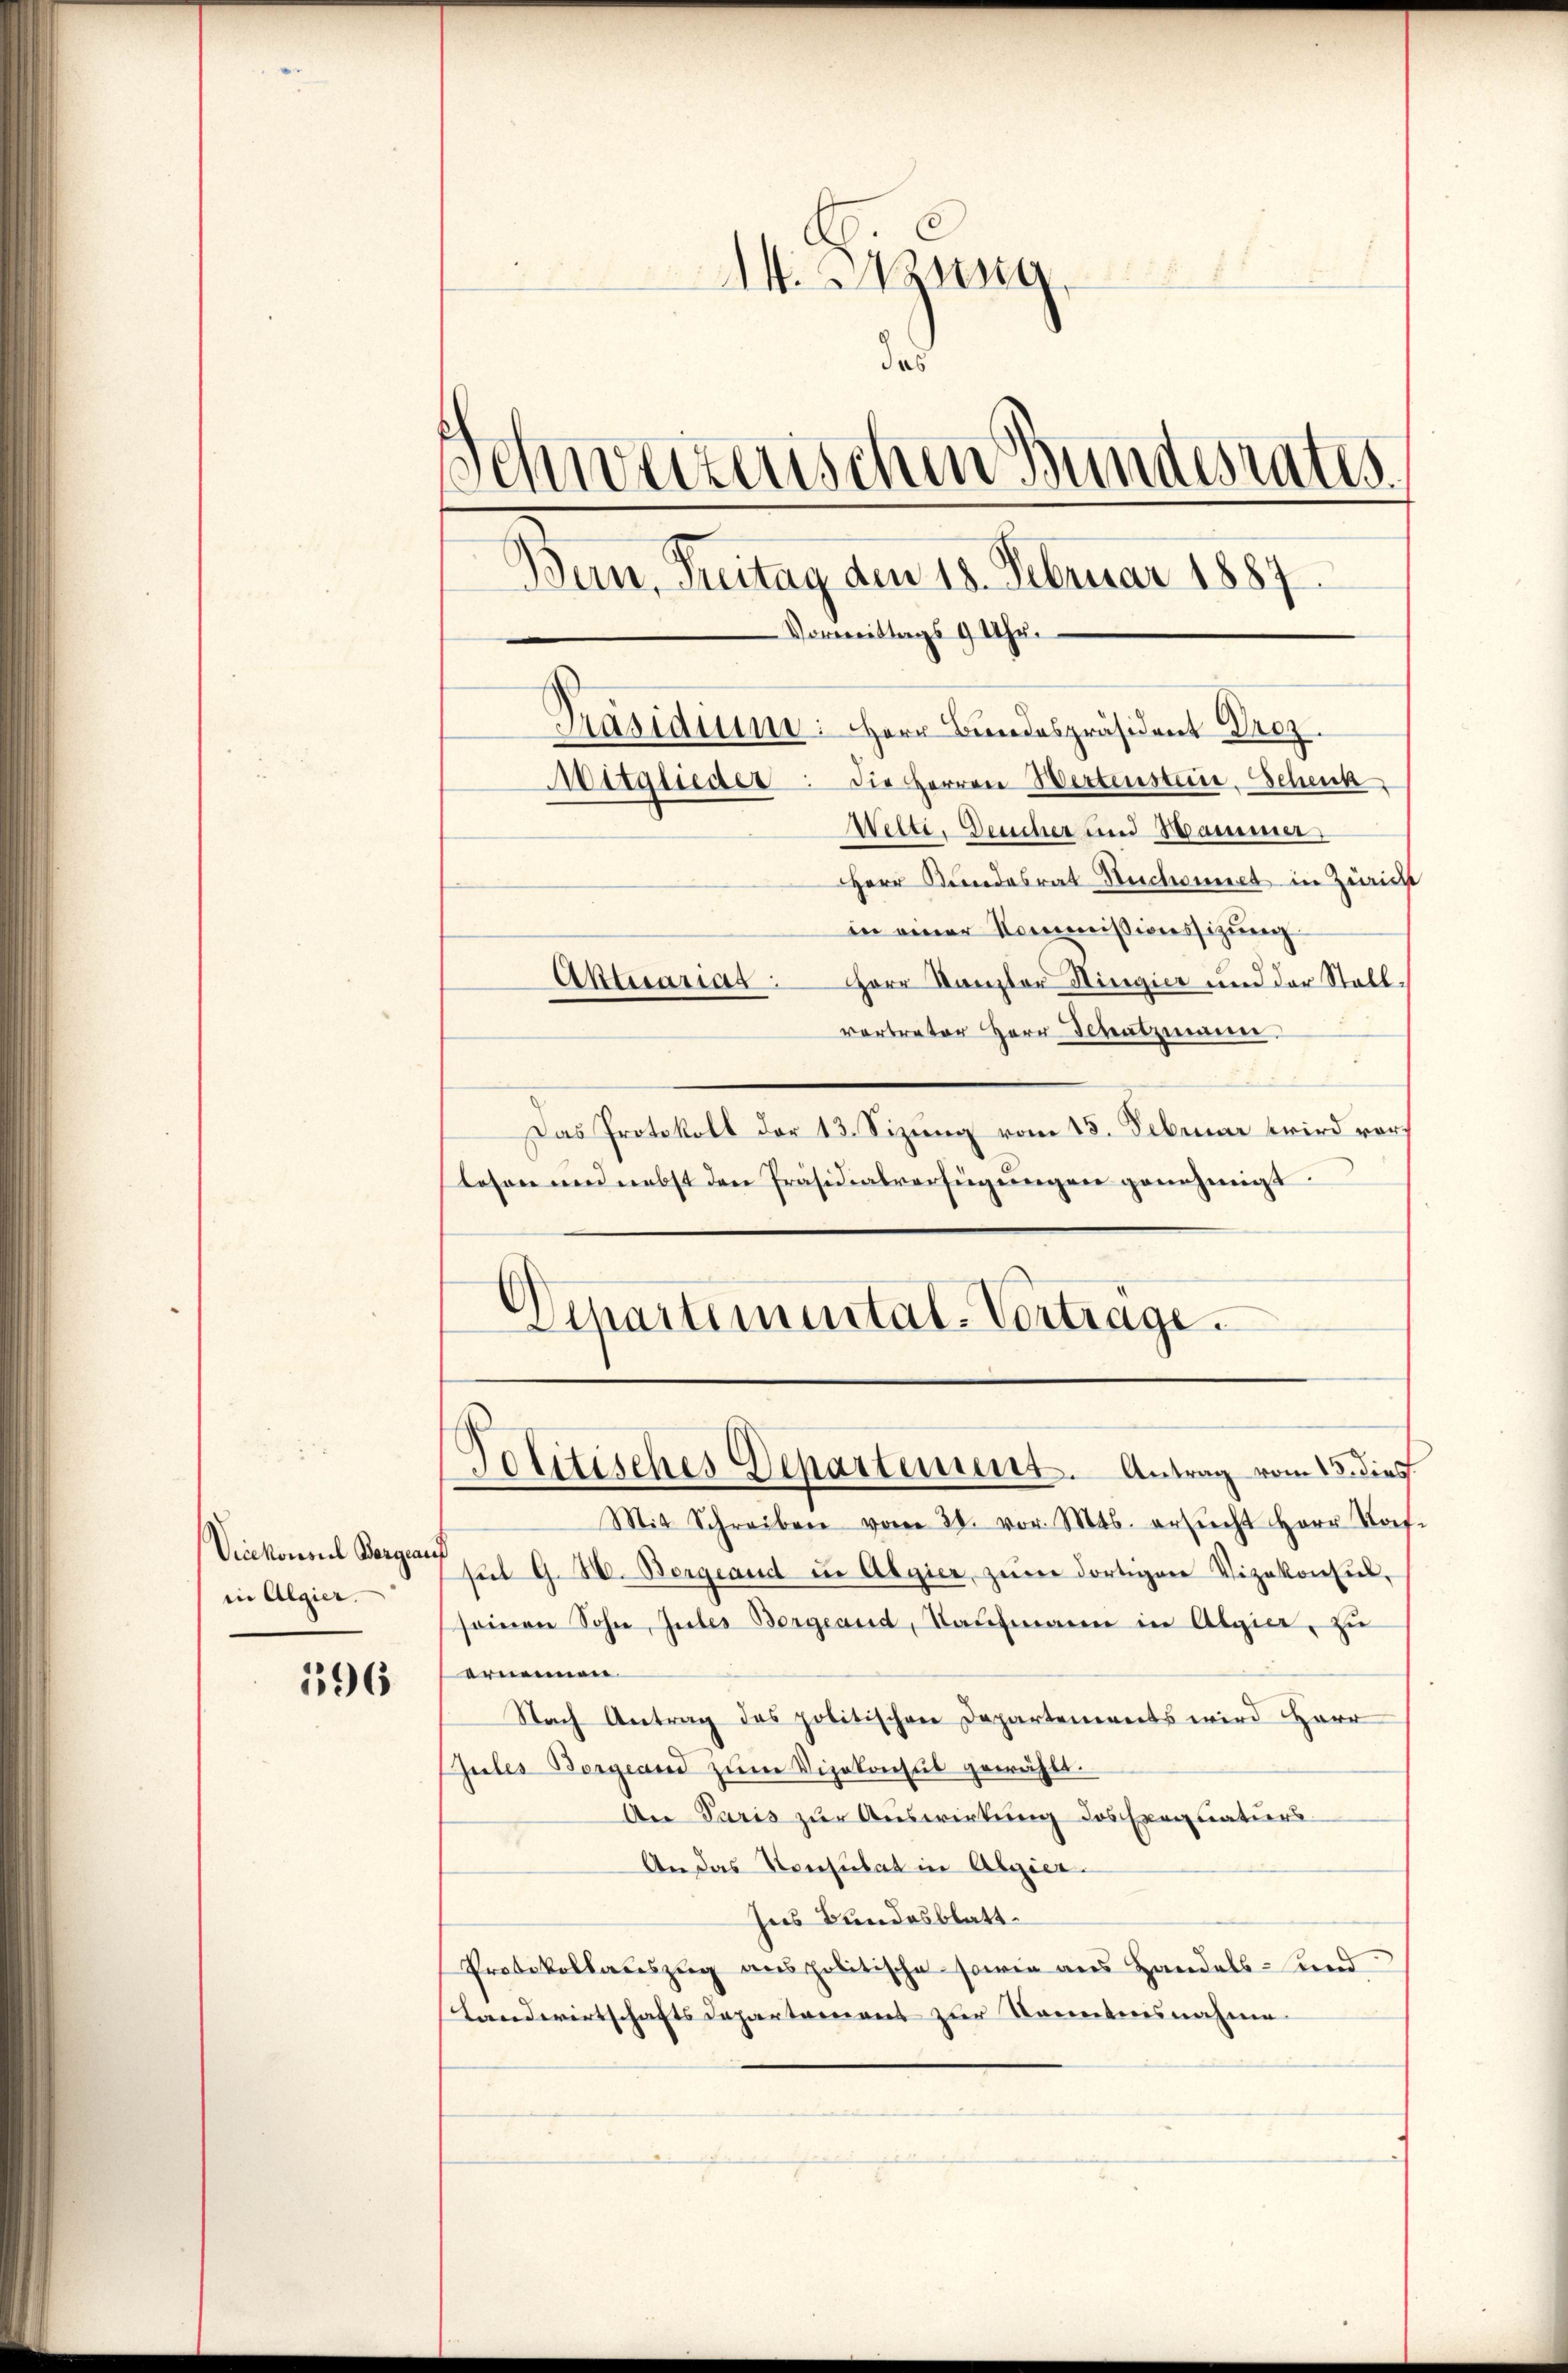
Vicekonsul Berg auf
in Algier.

596

t. Bezug
das
Schweizerischen Bundesrates
Bern, Freitag den 18. Februar 1887
Vormittags 9 Uhr.
Präsidium: Herr Bundespräsident Droz.
Mitglieder die Herren Wertenstein, Schenk
Welti. Deucher und Sammer,

Herr Kundesrat Ruchennet in Züricht
in einer Kommissionssizung
Aktuariat. Herr Kanzler Ringier und der Stallvertreter Herr Gesatzmann
Das Protokoll der 13. Sizung vom 15. Februar wird vor
lesen und nebst den Präsidialverfügungen genehmigt.
Mit Schreiben vom 31. vor. Mts. ersŭcht Herr Kof
sŭt G. B. Bergrand in Algier, zere dortigen Vizekonfiel,
seinen Sohn, Gutes Bergeaud, Taufmann in Algier, zu
ornennen
Nach Antrag des politischen Departements wird Herr
Jules Borgiand zŭm Vizekonsul gewählt.
An Paris zur Auswirkung des Exequaturs-
An das Konsulat in Algier
Ins Bundesblatt.
Protokollauszug aus politische sowie aus Handels- und
Landwirtschafts Departement zur Kenntnisnahme

Departemental-Vortrage.
Politisches Departement. Antrag vom 13. dies